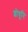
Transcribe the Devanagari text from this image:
शोधूनि